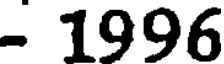
- 1996